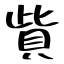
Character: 貲